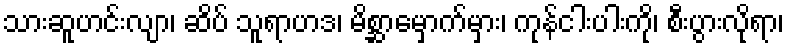
သားဆူဟင်းလျာ၊ ဆိပ် သူရာဟဒ၊ မိစ္ဆာမှောက်မှား၊ ကုန်ငါးပါးကို၊ စီးပွားလိုရာ၊